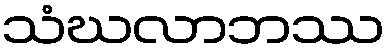
သံဃလာဘဿ